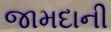
જામદાની